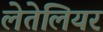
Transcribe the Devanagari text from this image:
लेतेलियर